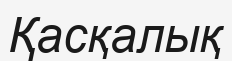
Қасқалық